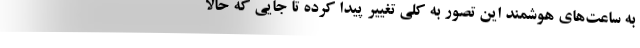
به ساعت‌های هوشمند این تصور به کلی تغییر پیدا کرده تا جایی که حالا